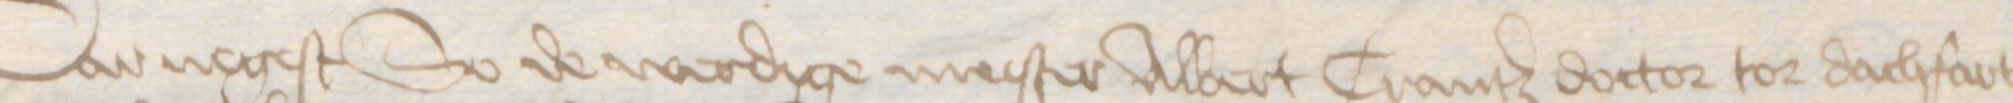
Dar negest So de werdige mester Albert Crantz doctor to dachfart